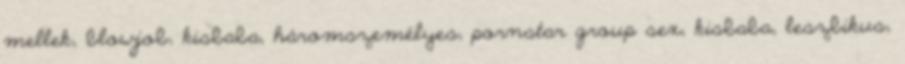
mellek, blowjob, kisbaba, háromszemélyes, pornstar group sex, kisbaba, leszbikus,